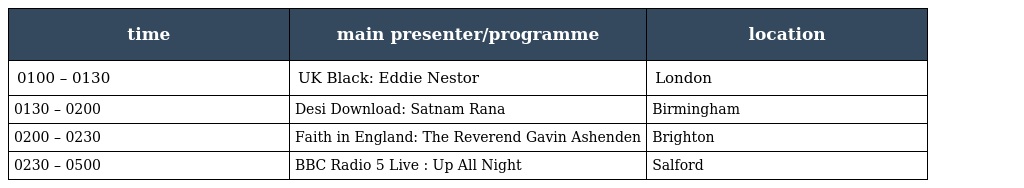
| time | main presenter/programme | location |
 | --- | --- | --- |
 | 0100 – 0130 | UK Black: Eddie Nestor | London |
 | 0130 – 0200 | Desi Download: Satnam Rana | Birmingham |
 | 0200 – 0230 | Faith in England: The Reverend Gavin Ashenden | Brighton |
 | 0230 – 0500 | BBC Radio 5 Live : Up All Night | Salford |